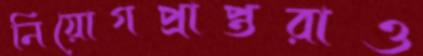
নিয়োগপ্রাপ্তরাও